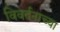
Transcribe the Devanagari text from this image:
विवर्तनाच्या